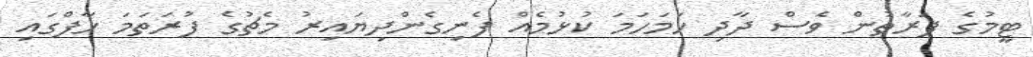
ޓީމުގެ ފަރާތުން ވެސް ދާދި ހަމަހަމަ ކުޅުމެއް ފެނިގެންދިޔައިރު މެޗުގެ ފުރަތަމަ ހާފްގައި